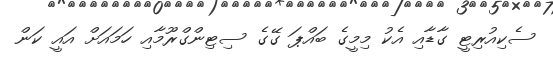
ސެކިއުރިޓީ ގާޑާއި އެކު މިމީގެ ބައްޕަ ގޭގެ ސިޓިންގްރޫމާއި ހަމައަށް އައީ ކަން